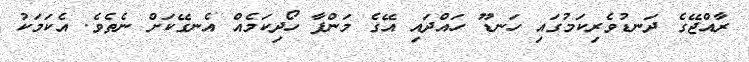
ރާއްޖޭގެ ދަނޑުވެރިކަމުގައި ހަނޑޫ ހައްދައި އޭގެ މަންފާ ހޯދިކަމެއް އެނގޭކަށް ނެތެވެ. އެކަމަކު